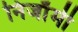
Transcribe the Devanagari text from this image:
निजाँमी